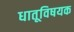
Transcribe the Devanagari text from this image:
धातूविषयक